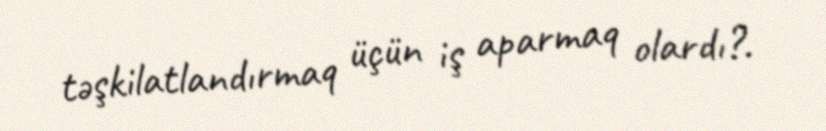
təşkilatlandırmaq üçün iş aparmaq olardı?.